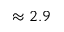
\approx 2 . 9